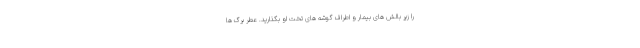
را زیر بالش های بیمار و اطراف گوشه های تخت او بگذارید. عطر برگ ها